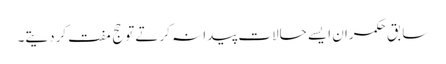
سابق حکمران ایسے حالات پیدا نہ کرتے توحج مفت کردیتے۔